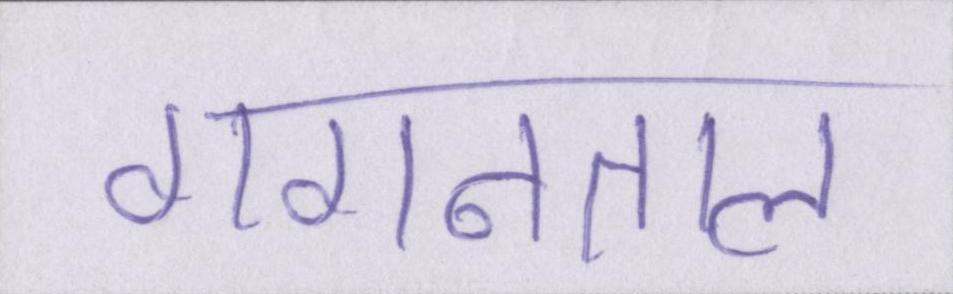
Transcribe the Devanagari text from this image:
गगनताल